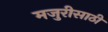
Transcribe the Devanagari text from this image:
मजुरीसाठी